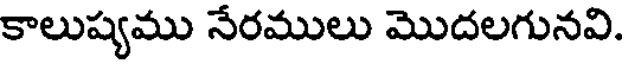
కాలుష్యము నేరములు మొదలగునవి.